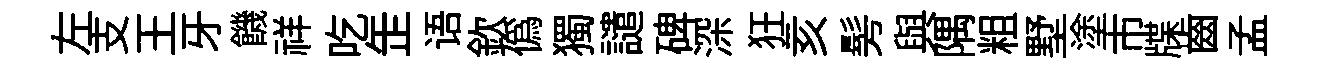
左支王牙饑祥吃𦈢语欽偽獨譴碑深狂亥髣與隅粗墅塗市牒齒孟